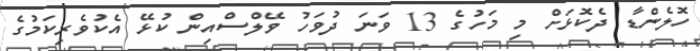
ހޮލެންޑާ ދެކޮޅަށް މި މަހުގެ 13 ވަނަ ދުވަހު ވޭލްސްއިން ކުޅޭ އެކުވެރިކަމުގެ